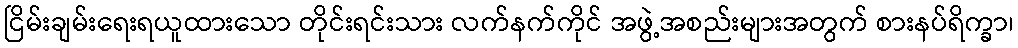
ငြိမ်းချမ်းရေးရယူထားသော တိုင်းရင်းသား လက်နက်ကိုင် အဖွဲ့အစည်းများအတွက် စားနပ်ရိက္ခာ၊